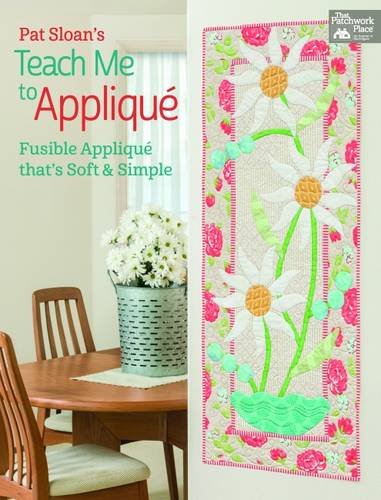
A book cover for Pat Sloan's Teach Me to Applique: Fusible Applique That's Soft and Simple; Pat Sloan; Crafts, Hobbies & Home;